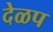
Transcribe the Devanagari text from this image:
देळप